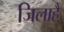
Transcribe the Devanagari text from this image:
जिलाहै